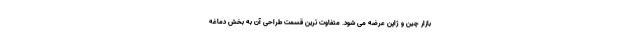
بازار چین و ژاپن عرضه می شود. متفاوت ترین قسمت طراحی آن به بخش دماغه